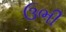
ઉભી